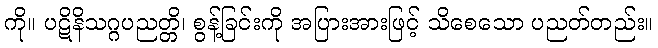
ကို။ ပဋိနိသဂ္ဂပညတ္တိ၊ စွန့်ခြင်းကို အပြားအားဖြင့် သိစေသော ပညတ်တည်း။